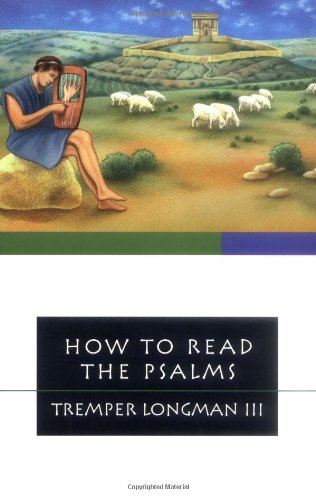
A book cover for How to Read the Psalms (How to Read Series); Tremper Longman III; Christian Books & Bibles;